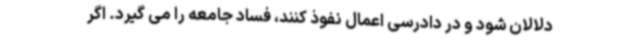
دلالان شود و در دادرسی اعمال نفوذ کنند، فساد جامعه را می گیرد. اگر